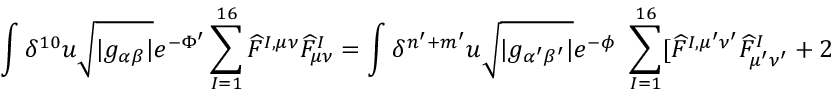
\int \delta ^ { 1 0 } u \sqrt { | g _ { \alpha \beta } | } e ^ { - \Phi ^ { \prime } } \sum _ { I = 1 } ^ { 1 6 } \widehat { F } ^ { I , \mu \nu } \widehat { F } _ { \mu \nu } ^ { I } = \int \delta ^ { n ^ { \prime } + m ^ { \prime } } u \sqrt { | g _ { \alpha ^ { \prime } \beta ^ { \prime } } | } e ^ { - \phi } ~ \sum _ { I = 1 } ^ { 1 6 } [ \widehat { F } ^ { I , \mu ^ { \prime } \nu ^ { \prime } } \widehat { F } _ { \mu ^ { \prime } \nu ^ { \prime } } ^ { I } + 2